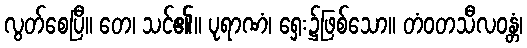
လွတ်စေပြီ။ တေ၊ သင်၏။ ပုရာဏံ၊ ရှေး၌ဖြစ်သော။ တံဝတသီလဝန္တံ၊